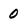
Character: 0